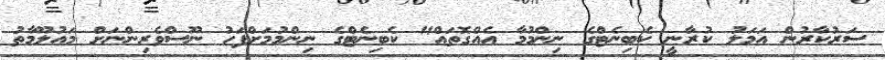
ސަރުކާރުން އަމަލު ކުރާނީ ކެބިނެޓްގެ ނިންމުމާ އެއްގޮތައް" ކެބިނެޓްގެ ނިންމުމަށްފަހު ނޫސްވެރިންނަށް މައުލޫމާތު